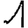
Digit: 1